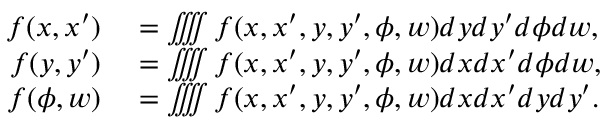
\begin{array} { r l } { f ( x , x ^ { \prime } ) } & { { } = \iiiint f ( x , x ^ { \prime } , y , y ^ { \prime } , \phi , w ) { d y } { d y ^ { \prime } } { d \phi } { d w } , } \\ { f ( y , y ^ { \prime } ) } & { { } = \iiiint f ( x , x ^ { \prime } , y , y ^ { \prime } , \phi , w ) { d x } { d x ^ { \prime } } { d \phi } { d w } , } \\ { f ( \phi , w ) } & { { } = \iiiint f ( x , x ^ { \prime } , y , y ^ { \prime } , \phi , w ) { d x } { d x ^ { \prime } } { d y } { d y ^ { \prime } } . } \end{array}